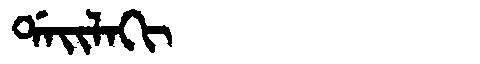
Manchu: ᡩᠠᡳᠯᠠᡴᡳ
Romanization: DAILAKI